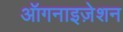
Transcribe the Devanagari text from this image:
ऑगनाइज़ेशन